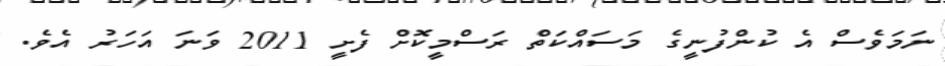
ނަމަވެސް އެ ކުންފުނީގެ މަސައްކަތް ރަސްމީކޮށް ފެށީ 2011 ވަނަ އަހަރު އެވެ.